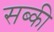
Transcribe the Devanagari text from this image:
सब्की